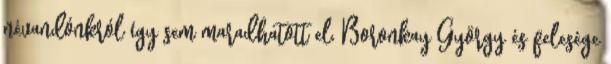
névandónkról így sem maradhatott el, Boronkay György és felesége